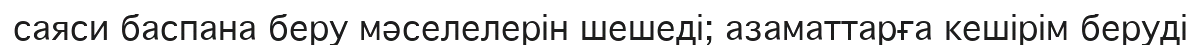
саяси баспана беру мәселелерін шешеді; азаматтарға кешірім беруді